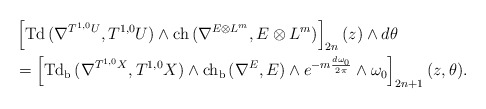
\begin{align*} &\left[\mathrm{Td\,}(\nabla^{T^{1,0}U},T^{1,0}U)\wedge\mathrm{ch\,}(\nabla^{E\otimes L^m},E\otimes L^m)\right]_{2n}(z)\wedge d\theta \\&=\left[\mathrm{Td_b\,}(\nabla^{T^{1,0}X},T^{1,0}X)\wedge\mathrm{ch_b\,}(\nabla^{E},E)\wedge e^{-m\frac{d\omega_0}{2\pi}}\wedge\omega_0\right]_{2n+1}(z,\theta). \end{align*}